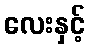
လေးနှင့်